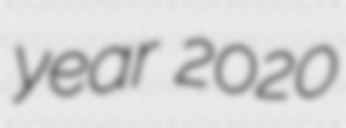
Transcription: year 2020